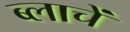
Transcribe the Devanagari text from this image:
ब्लाचें